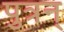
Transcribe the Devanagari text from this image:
पुत्रन्